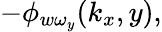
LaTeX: -\phi_{w\omega_{y}}(k_{x},y),